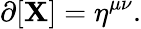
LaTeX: \mathbf{\partial}[\mathbf{X}]=\eta^{\mu\nu}.